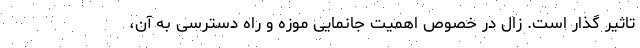
تاثیر گذار است. زال در خصوص اهمیت جانمایی موزه و راه دسترسی به آن،